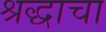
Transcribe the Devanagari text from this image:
श्रद्धाचा